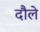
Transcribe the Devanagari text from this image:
दौले